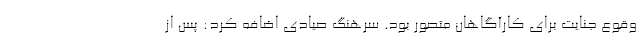
وقوع جنایت برای کارآگاهان متصور بود. سرهنگ صیادی اضافه کرد: پس از